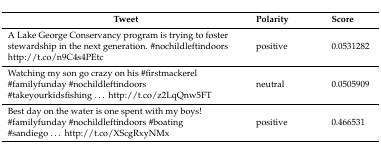
<table><thead><tr><td><b>Tweet</b></td><td><b>Polarity</b></td><td><b>Score</b></td></tr></thead><tbody><tr><td>A Lake George Conservancy program is trying to foster stewardship in the next generation. #nochildleftindoors http://t.co/n9C4s4PEtc</td><td>positive</td><td>0.0531282</td></tr><tr><td>Watching my son go crazy on his #firstmackerel #familyfunday #nochildleftindoors #takeyourkidsfishing... http://t.co/z2LqQnw5FT</td><td>neutral</td><td>0.0505909</td></tr><tr><td>Best day on the water is one spent with my boys! #familyfunday #nochildleftindoors #boating #sandiego... http://t.co/XScgRxyNMx</td><td>positive</td><td>0.466531</td></tr></tbody></table>